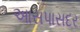
આસપાસદર